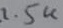
Text: 1.5K